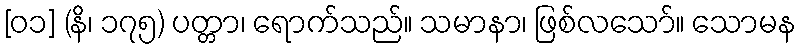
[၀၁] (နိ၊ ၁၇၅) ပတ္တာ၊ ရောက်သည်။ သမာနာ၊ ဖြစ်လသော်။ သောမန